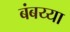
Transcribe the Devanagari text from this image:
बंबय्या